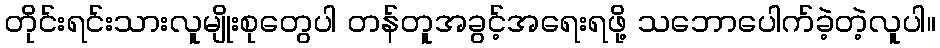
တိုင်းရင်းသားလူမျိုးစုတွေပါ တန်တူအခွင့်အရေးရဖို့ သဘောပေါက်ခဲ့တဲ့လူပါ။